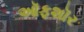
ઑફશૉર